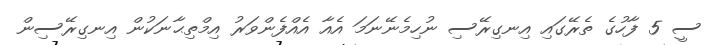
ސީ 5 ފާހުގެ ތެރޭގައި އިނގިރޭސި ނުހިމެނޭނަމަ އެއާ އެއްފެންވަރު އިމްތިޙާނަކުން އިނގިރޭސިން